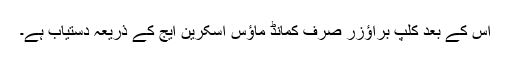
اس کے بعد کلپ براؤزر صرف کمانڈ ماؤس اسکرین ایج کے ذریعہ دستیاب ہے۔